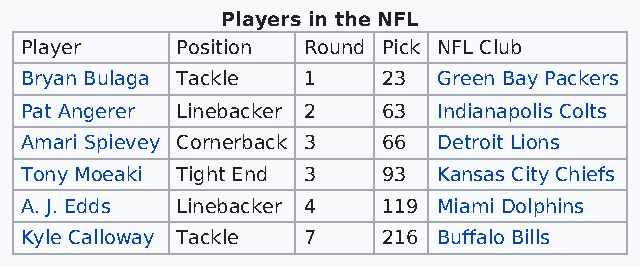
Players in the NFL
 Player     Position Round Pick NFL Club
 Bryan Bulaga Tackle 1   23  Green Bay Packers
 Pat Angerer Linebacker 2 63 Indianapolis Colts
 Amari Spievey Cornerback 3 66 Detroit Lions
 Tony Moeaki Tight End 3 93  Kansas City Chiefs
 A. J. Edds Linebacker 4 119 Miami Dolphins
 Kyle Calloway Tackle 7  216 Buffalo Bills